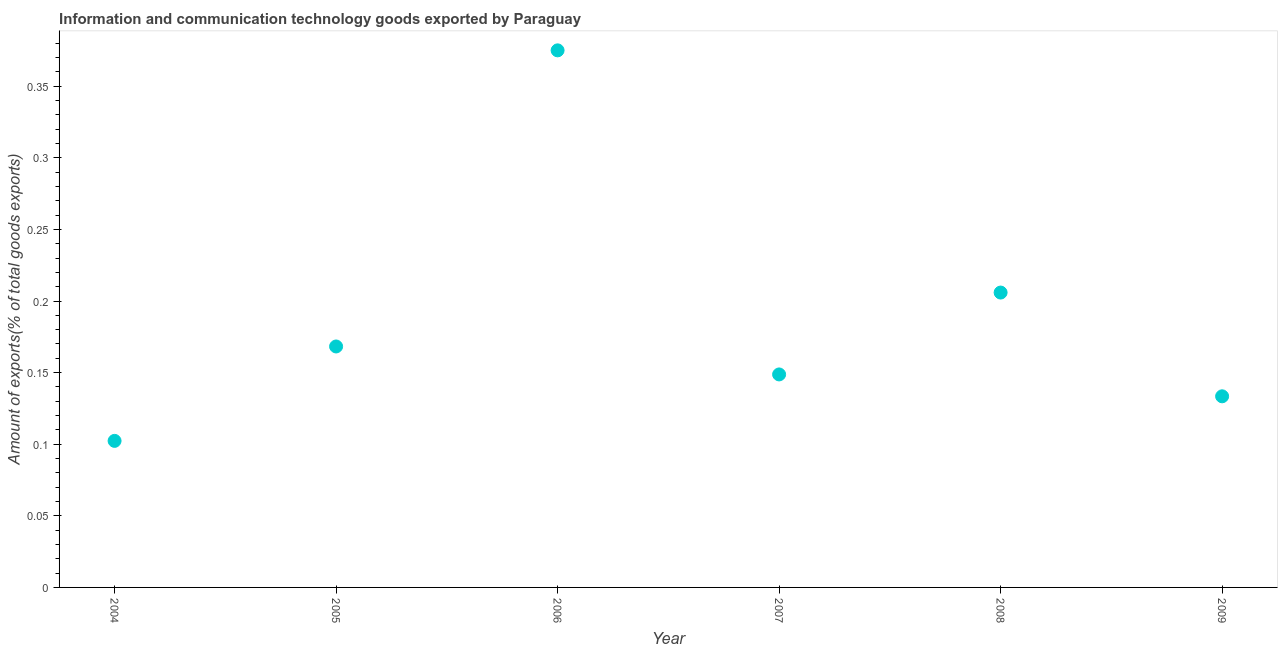
| Year | ICT goods exports |
 | --- | --- |
 | 2004 | 0.102 |
 | 2005 | 0.168 |
 | 2006 | 0.375 |
 | 2007 | 0.149 |
 | 2008 | 0.206 |
 | 2009 | 0.133 |